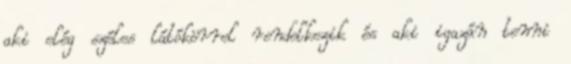
aki elég széles látókörrel rendelkezik és aki igazán tenni